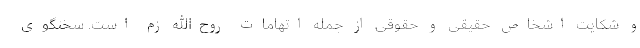
و شکایت اشخاص حقیقی و حقوقی از جمله اتهامات روح‌الله زم است. سخنگوی